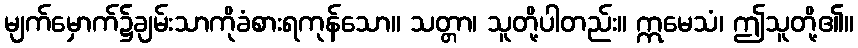
မျက်မှောက်၌ချမ်းသာကိုခံစားရကုန်သော။ သတ္တာ၊ သူတို့ပါတည်း။ ဣမေသံ၊ ဤသူတို့၏။